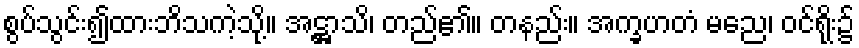
စွပ်သွင်း၍ထားဘိသကဲ့သို့။ အဋ္ဌာသိ၊ တည်၏။ တနည်း။ အက္ခဟတံ မညေ၊ ဝင်ရိုး၌